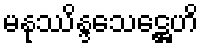
မနုဿိန္ဒသေဋ္ဌေဟိ